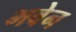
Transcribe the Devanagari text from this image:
भवेन